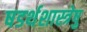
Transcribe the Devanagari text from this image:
षडर्थशास्त्रेषु